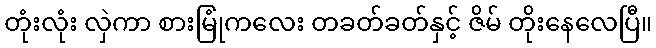
တုံးလုံး လှဲကာ စားမြုံကလေး တခတ်ခတ်နှင့် ဇိမ် တိုးနေလေပြီ။